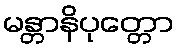
မန္တာနိပုတ္တော